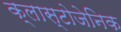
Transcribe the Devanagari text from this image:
क्लास्टोजेनिक